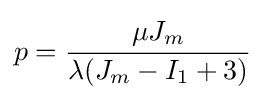
p={\cfrac {\mu J_{m}}{\lambda (J_{m}-I_{1}+3)}}~